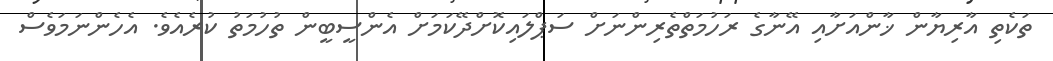
ތަކެތި އާރިޔާން ޚާންއަށާއި އޭނާގެ ރަހުމަތްތެރިންނަށް ސަޕްލައިކޮށްދޭކަމަށް އެންސީބީން ތުހުމަތު ކުރެއެވެ. އެހެންނަމަވެސް